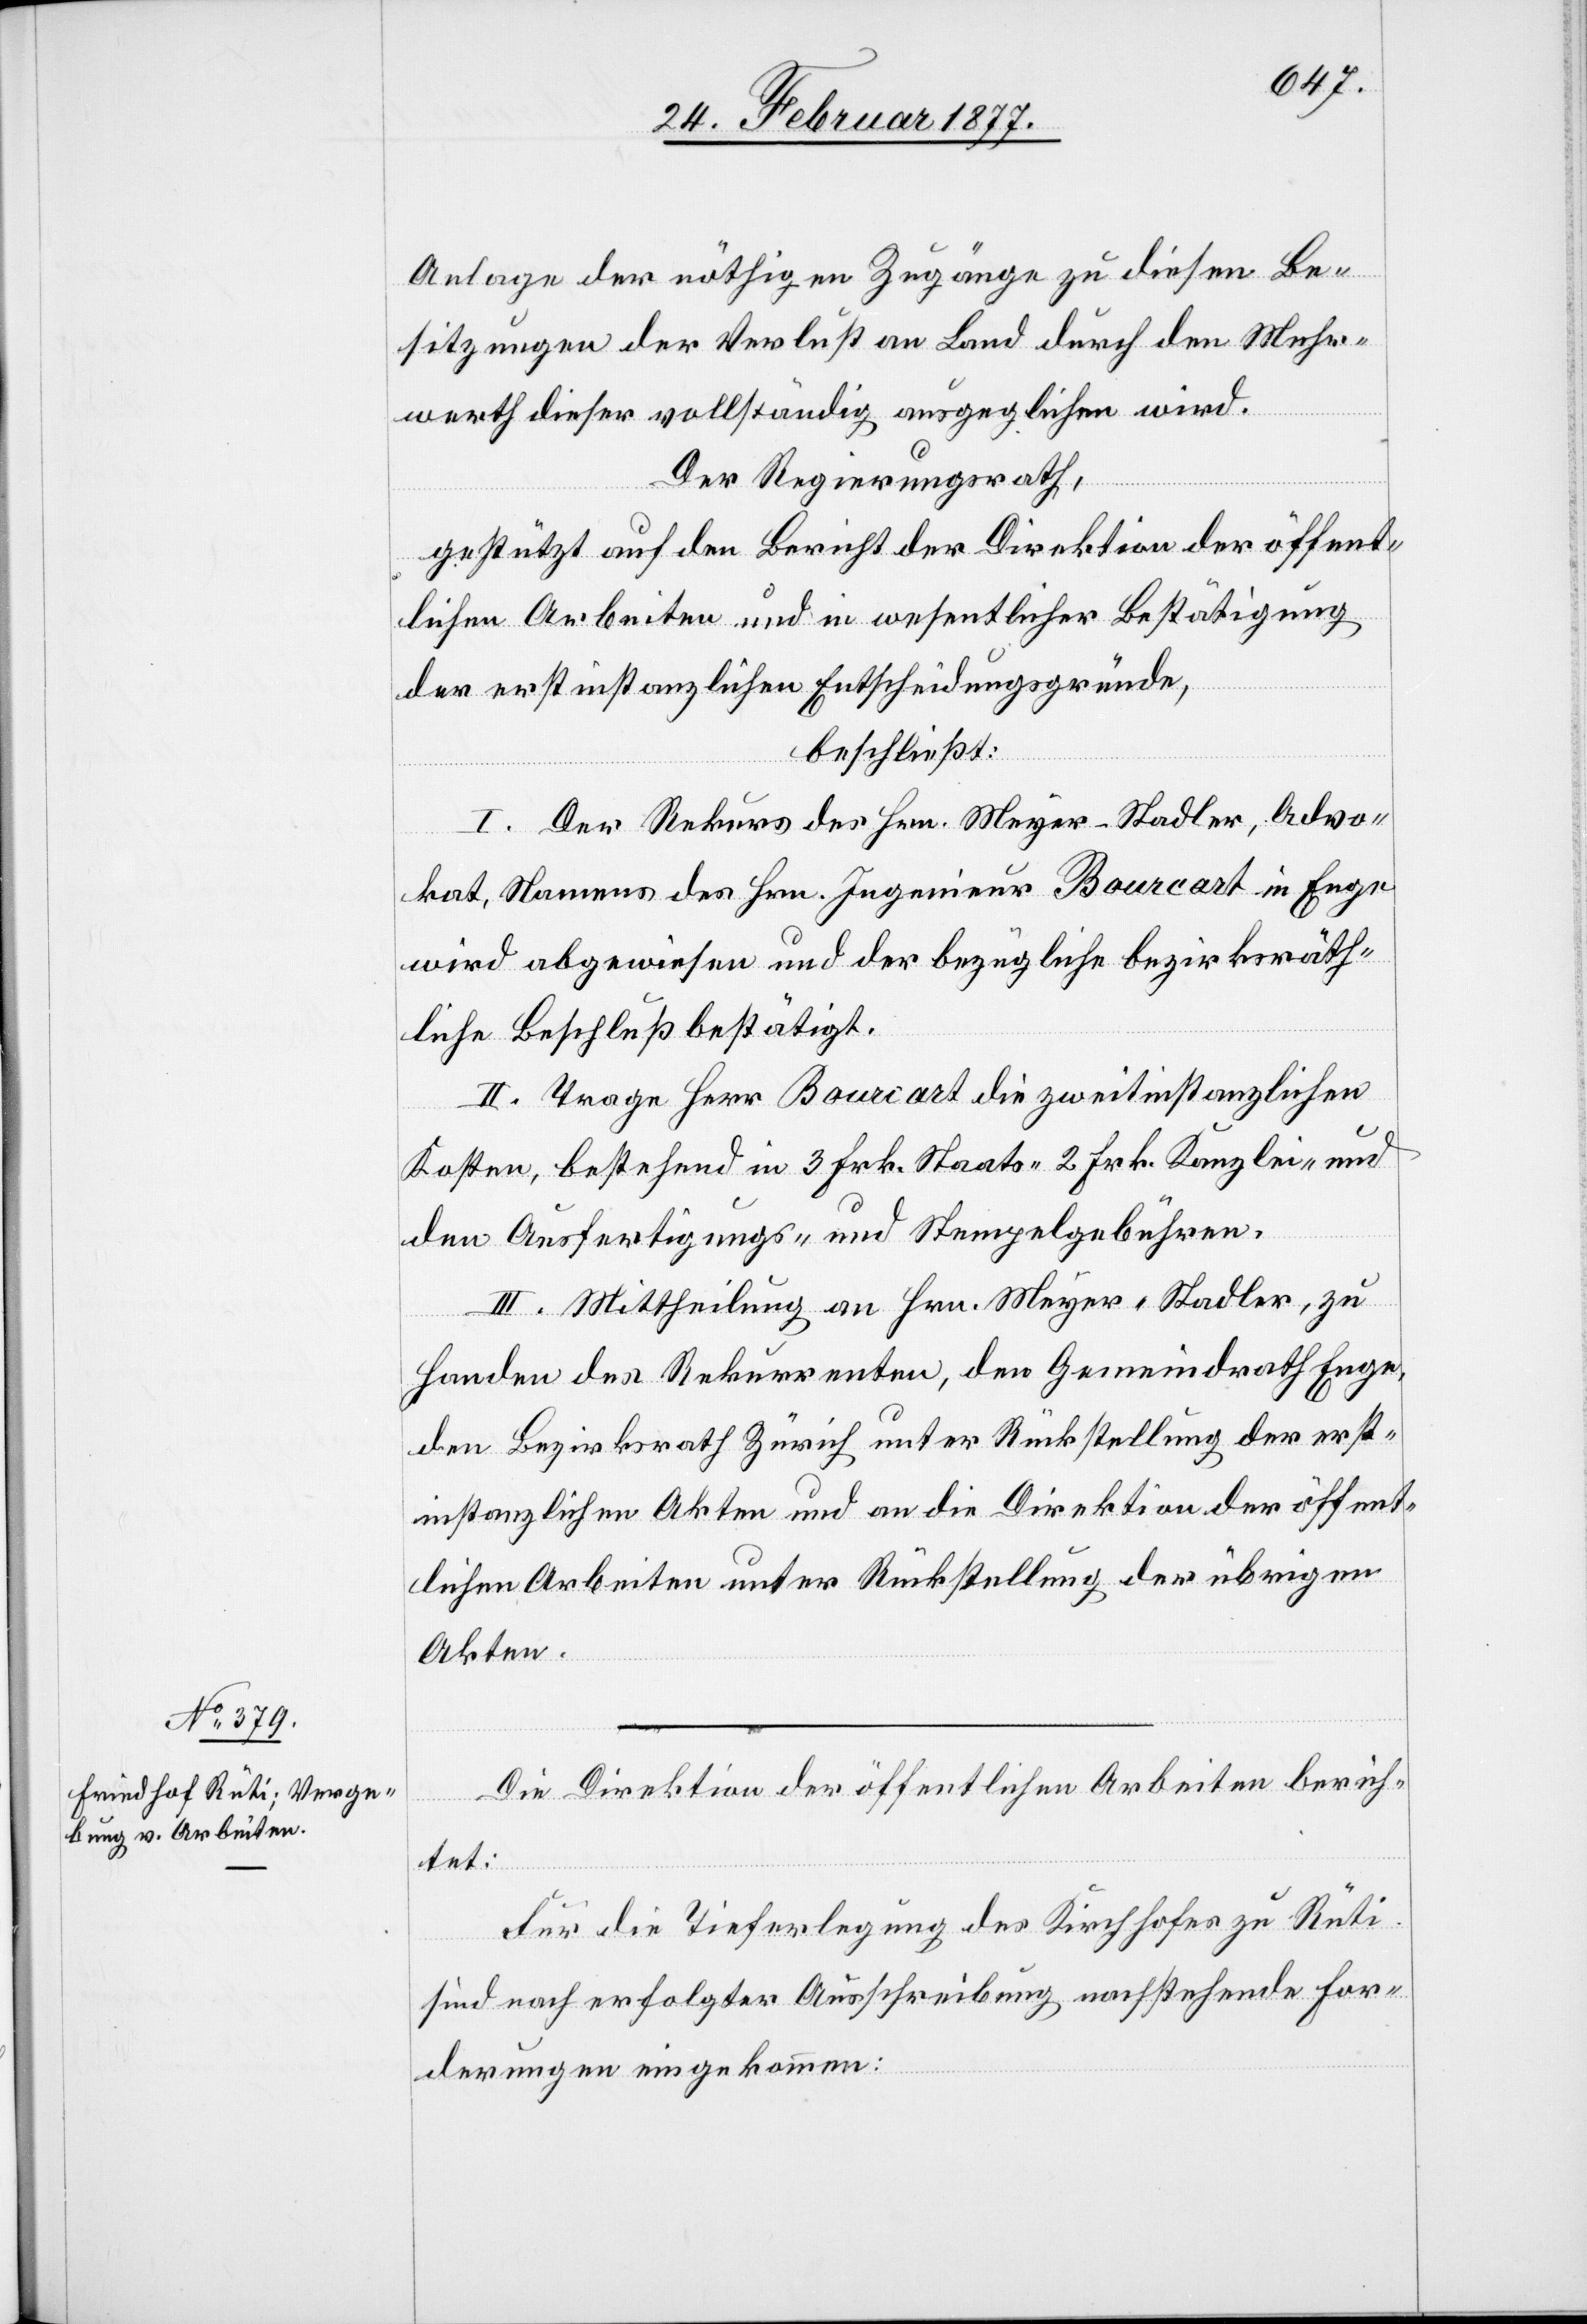
Anlage der nöthigen Zugänge zu diesen Be¬
sitzungen der Verlust an Land durch den Mehr¬
werth dieser vollständig ausgeglichen wird.
Der Regierungsrath,
gestützt auf den Bericht der Direktion der öffent¬
lichen Arbeiten und in wesentlicher Bestätigung
der erstinstanzlichen Entscheidungsgründe,
beschließt:
I. Der Rekurs der Hrn. Meyer-Stadler, Advo¬
kat, Namens des Hrn. Ingenieur Bourcart in Enge
wird abgewiesen und der bezügliche bezirksräth¬
liche Beschluß bestätigt.
II. Trage Herr Bourcart die zweitinstanzlichen
Kosten, bestehend in 3 Frk. Staats-[,] 2 Frk. Kanzlei- und
den Ausfertigungs- und Stempelgebühren.
III. Mittheilung an Hrn. Meyer-Stadler, zu
Handen des Rekurrenten, den Gemeindrath Enge,
den Bezirksrath Zürich unter Rückstellung der erst¬
instanzlichen Akten und an die Direktion der öffent¬
lichen Arbeiten unter Rückstellung der übrigen
Akten.
Die Direktion der öffentlichen Arbeiten berich¬
tet:
Für die Tieferlegung des Kirchhofes zu Rüti
sind nach erfolgter Ausschreibung nachstehende For¬
derungen eingekommen: